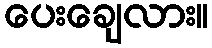
ပေးချေလား။